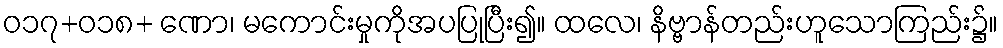
ဝ၁၇+၀၁၈+ ဏော၊ မကောင်းမှုကိုအပပြုပြီး၍။ ထလေ၊ နိဗ္ဗာန်တည်းဟူသောကြည်း၌။